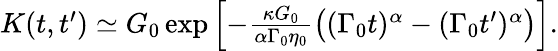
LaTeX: \begin{array}{r}{K(t,t^{\prime})\simeq G_{0}\exp\Big[{-\frac{\kappa G_{0}}{\alpha\Gamma_{0}\eta_{0}}\big((\Gamma_{0}t)^{\alpha}-(\Gamma_{0}t^{\prime})^{\alpha}\big)}\Big].}\end{array}